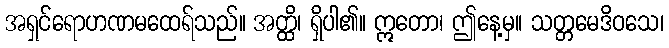
အရှင်ရောဟဏမထေရ်သည်။ အတ္ထိ၊ ရှိပါ၏။ ဣတော၊ ဤနေ့မှ။ သတ္တမေဒိဝသေ၊